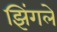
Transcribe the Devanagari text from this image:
झिंगले